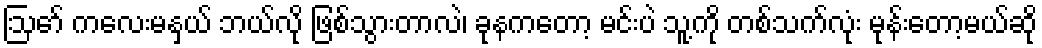
ဩော် ကလေးမနှယ် ဘယ်လို ဖြစ်သွားတာလဲ၊ ခုနကတော့ မင်းပဲ သူ့ကို တစ်သက်လုံး မုန်းတော့မယ်ဆို